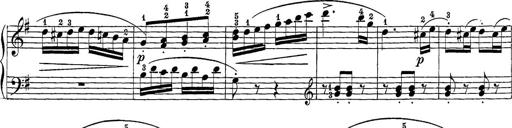
Title: 12 Sonatine per Pianoforte
Composer: Friedrich Kuhlau